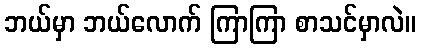
ဘယ်မှာ ဘယ်လောက် ကြာကြာ စာသင်မှာလဲ။